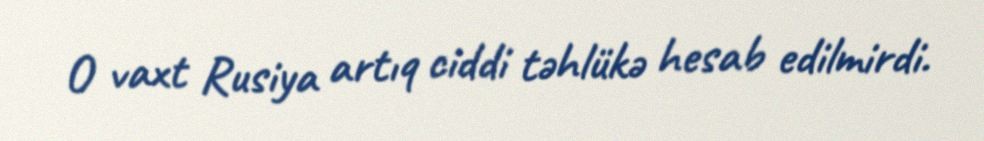
O vaxt Rusiya artıq ciddi təhlükə hesab edilmirdi.